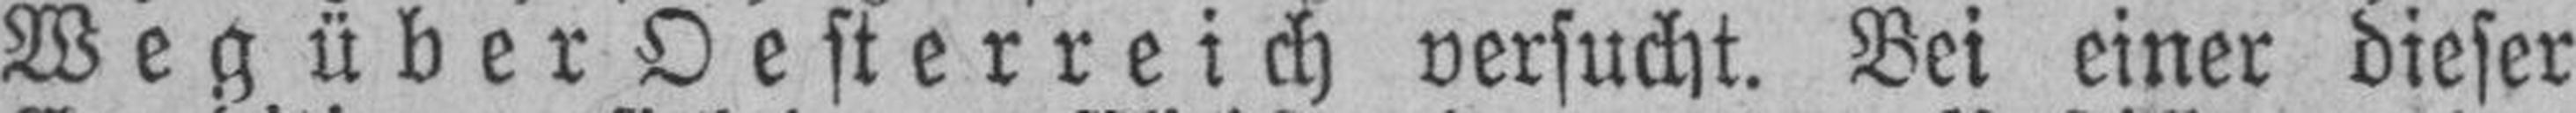
Wegüber Oesterreich versucht. Bei einer dieser